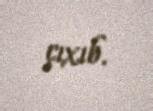
çıxıb.